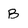
Character: B